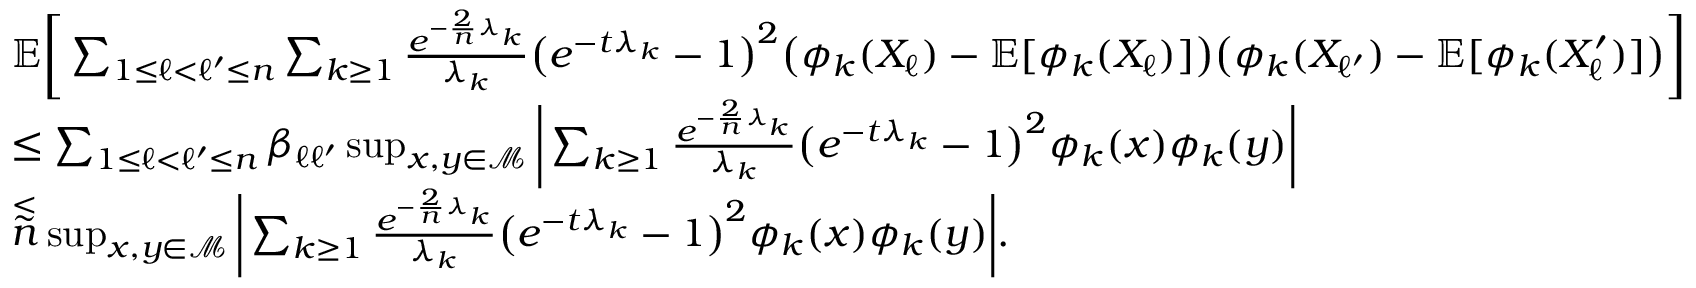
\begin{array} { r l } & { \mathbb { E } \bigg [ \sum _ { 1 \leq \ell < \ell ^ { \prime } \leq n } \sum _ { k \geq 1 } \frac { e ^ { - \frac { 2 } { n } \lambda _ { k } } } { \lambda _ { k } } \big ( e ^ { - t \lambda _ { k } } - 1 \big ) ^ { 2 } \big ( \phi _ { k } ( X _ { \ell } ) - \mathbb { E } [ \phi _ { k } ( X _ { \ell } ) ] \big ) \big ( \phi _ { k } ( X _ { \ell ^ { \prime } } ) - \mathbb { E } [ \phi _ { k } ( X _ { \ell } ^ { \prime } ) ] \big ) \bigg ] } \\ & { \leq \sum _ { 1 \leq \ell < \ell ^ { \prime } \leq n } \beta _ { \ell \ell ^ { \prime } } \operatorname* { s u p } _ { x , y \in \mathcal { M } } \bigg \vert \sum _ { k \geq 1 } \frac { e ^ { - \frac { 2 } { n } \lambda _ { k } } } { \lambda _ { k } } \big ( e ^ { - t \lambda _ { k } } - 1 \big ) ^ { 2 } \phi _ { k } ( x ) \phi _ { k } ( y ) \bigg \vert } \\ & { \stackrel { \lesssim } n \operatorname* { s u p } _ { x , y \in \mathcal { M } } \bigg \vert \sum _ { k \geq 1 } \frac { e ^ { - \frac { 2 } { n } \lambda _ { k } } } { \lambda _ { k } } \big ( e ^ { - t \lambda _ { k } } - 1 \big ) ^ { 2 } \phi _ { k } ( x ) \phi _ { k } ( y ) \bigg \vert . } \end{array}